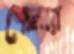
পোলার